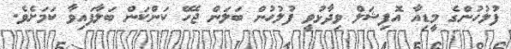
ފުލުހުންގެ މީޑިއާ އޮފިޝަލް ވިދާޅުވީ ފުލުހުން ބަލަން ޖެހޭ ކަންކަން ބަލާފައިވާ ކަމަށެވެ.